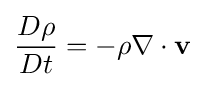
{\frac {D\rho }{Dt}}=-\rho \nabla \cdot \mathbf {v}